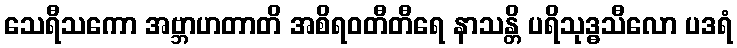
သေရီသကော အဗ္ဘာဟတာတိ အစိရဝတီတီရေ နာသန္တိ ပရိသုဒ္ဓသီလော ပဒရံ